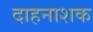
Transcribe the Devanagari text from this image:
दाहनाशक